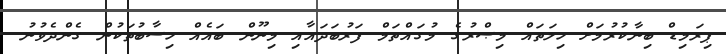
ޕިރަމިޑް ބިނާކުރުމަށް ހިލަތައް މިޞްރުގެ މުގައްތަމް ފަރުބަދައާއި މިނޫން ބައެއް ހިސާބުތަކުން ގެންދެވުނު